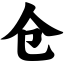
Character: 仓